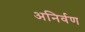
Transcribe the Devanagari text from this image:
अनिर्वण